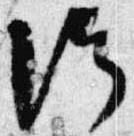
給